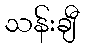
သန်းချီ